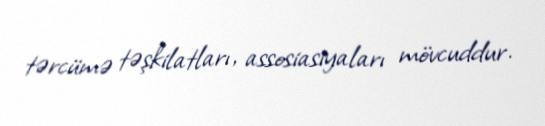
tərcümə təşkilatları, assosiasiyaları mövcuddur.